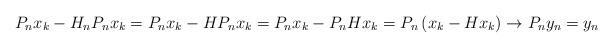
LaTeX: \begin{align*} P_n x_k - H_nP_n x_k = P_n x_k - H P_n x_k = P_n x_k - P_n H x_k = P_n \left(x_k - H x_k\right) \to P_n y_n= y_n \end{align*}